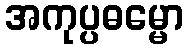
အကုပ္ပဓမ္မော